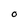
Character: O